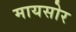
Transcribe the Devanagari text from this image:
मायसोर